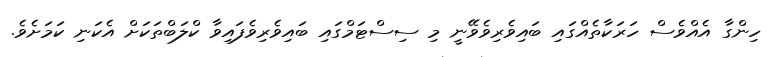
ހިންގާ އެއްވެސް ހަރަކާތެއްގައި ބައިވެރިވެވޭނީ މި ސިސްޓަމްގައި ބައިވެރިވެފައިވާ ކްލަބްތަކަށް އެކަނި ކަމަށެވެ.